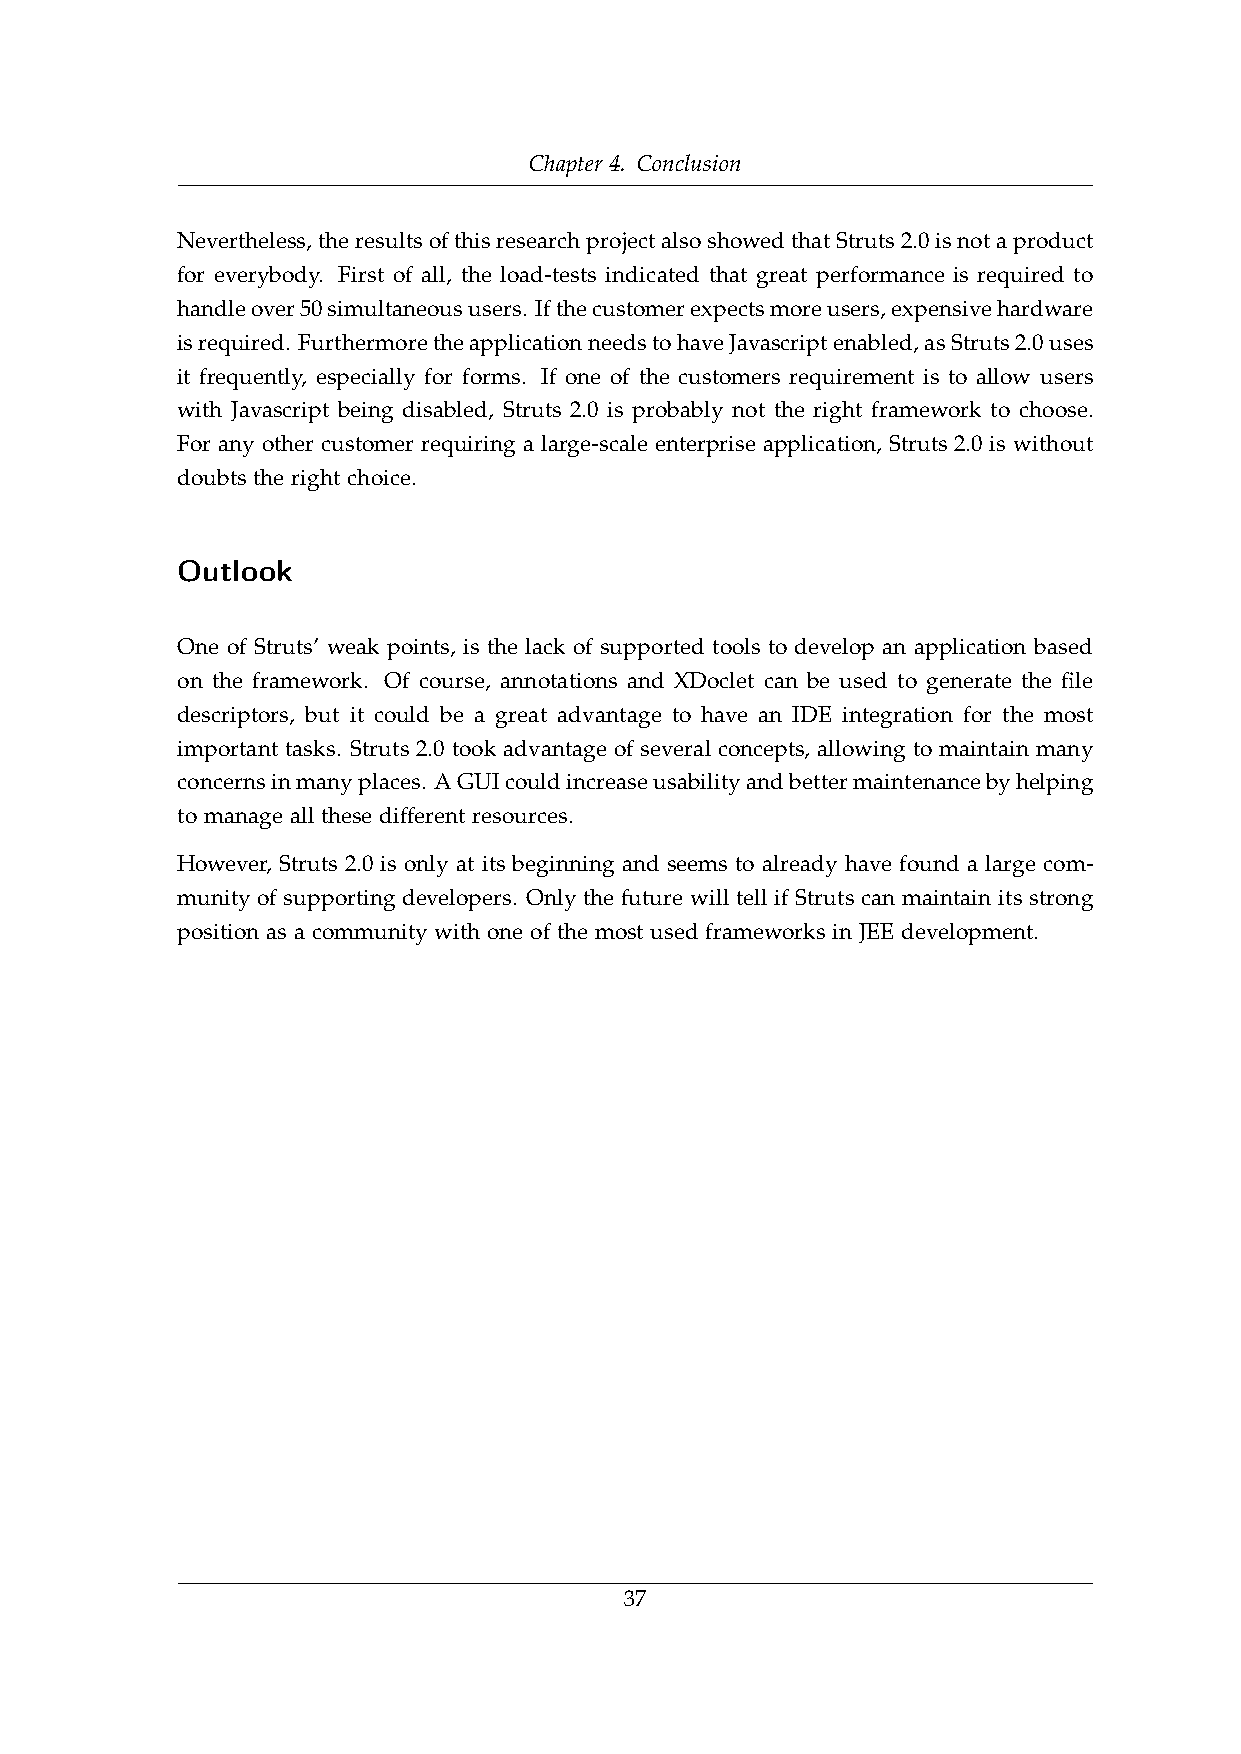
Chapter 4. Conclusion
 Nevertheless,theresultsofthisresearchprojectalsoshowedthatStruts2.0isnotaproduct
 for everybody. First of all, the load-tests indicated that great performance is required to
 handleover50simultaneoususers. Ifthecustomerexpectsmoreusers,expensivehardware
 isrequired. FurthermoretheapplicationneedstohaveJavascriptenabled,asStruts2.0uses
 it frequently, especially for forms. If one of the customers requirement is to allow users
 with Javascript being disabled, Struts 2.0 is probably not the right framework to choose.
 For any other customer requiring a large-scale enterprise application, Struts 2.0 is without
 doubts the right choice.
 Outlook
 One of Struts’ weak points, is the lack of supported tools to develop an application based
 on the framework. Of course, annotations and XDoclet can be used to generate the file
 descriptors, but it could be a great advantage to have an IDE integration for the most
 important tasks. Struts 2.0 took advantage of several concepts, allowing to maintain many
 concernsinmanyplaces. AGUIcouldincreaseusabilityandbettermaintenancebyhelping
 to manage all these different resources.
 However, Struts 2.0 is only at its beginning and seems to already have found a large com-
 munity of supporting developers. Only the future will tell if Struts can maintain its strong
 position as a community with one of the most used frameworks in JEE development.
 37